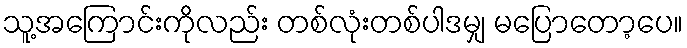
သူ့အကြောင်းကိုလည်း တစ်လုံးတစ်ပါဒမျှ မပြောတော့ပေ။